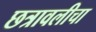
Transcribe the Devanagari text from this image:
छत्रावलीचा